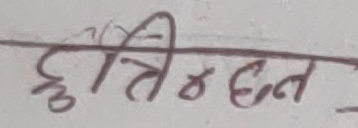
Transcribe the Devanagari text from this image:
दुष्ट्रिद्वन